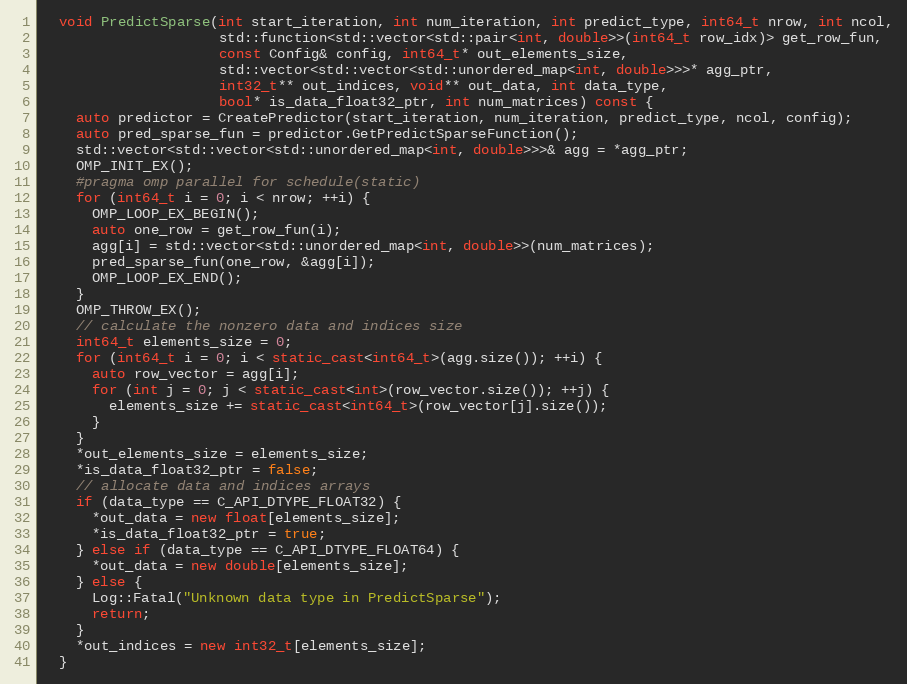
Language: C++
  void PredictSparse(int start_iteration, int num_iteration, int predict_type, int64_t nrow, int ncol,
                     std::function<std::vector<std::pair<int, double>>(int64_t row_idx)> get_row_fun,
                     const Config& config, int64_t* out_elements_size,
                     std::vector<std::vector<std::unordered_map<int, double>>>* agg_ptr,
                     int32_t** out_indices, void** out_data, int data_type,
                     bool* is_data_float32_ptr, int num_matrices) const {
    auto predictor = CreatePredictor(start_iteration, num_iteration, predict_type, ncol, config);
    auto pred_sparse_fun = predictor.GetPredictSparseFunction();
    std::vector<std::vector<std::unordered_map<int, double>>>& agg = *agg_ptr;
    OMP_INIT_EX();
    #pragma omp parallel for schedule(static)
    for (int64_t i = 0; i < nrow; ++i) {
      OMP_LOOP_EX_BEGIN();
      auto one_row = get_row_fun(i);
      agg[i] = std::vector<std::unordered_map<int, double>>(num_matrices);
      pred_sparse_fun(one_row, &agg[i]);
      OMP_LOOP_EX_END();
    }
    OMP_THROW_EX();
    // calculate the nonzero data and indices size
    int64_t elements_size = 0;
    for (int64_t i = 0; i < static_cast<int64_t>(agg.size()); ++i) {
      auto row_vector = agg[i];
      for (int j = 0; j < static_cast<int>(row_vector.size()); ++j) {
        elements_size += static_cast<int64_t>(row_vector[j].size());
      }
    }
    *out_elements_size = elements_size;
    *is_data_float32_ptr = false;
    // allocate data and indices arrays
    if (data_type == C_API_DTYPE_FLOAT32) {
      *out_data = new float[elements_size];
      *is_data_float32_ptr = true;
    } else if (data_type == C_API_DTYPE_FLOAT64) {
      *out_data = new double[elements_size];
    } else {
      Log::Fatal("Unknown data type in PredictSparse");
      return;
    }
    *out_indices = new int32_t[elements_size];
  }